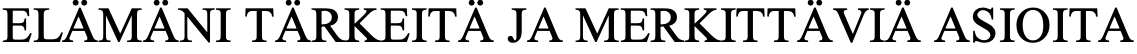
ELÄMÄNI TÄRKEITÄ JA MERKITTÄVIÄ ASIOITA